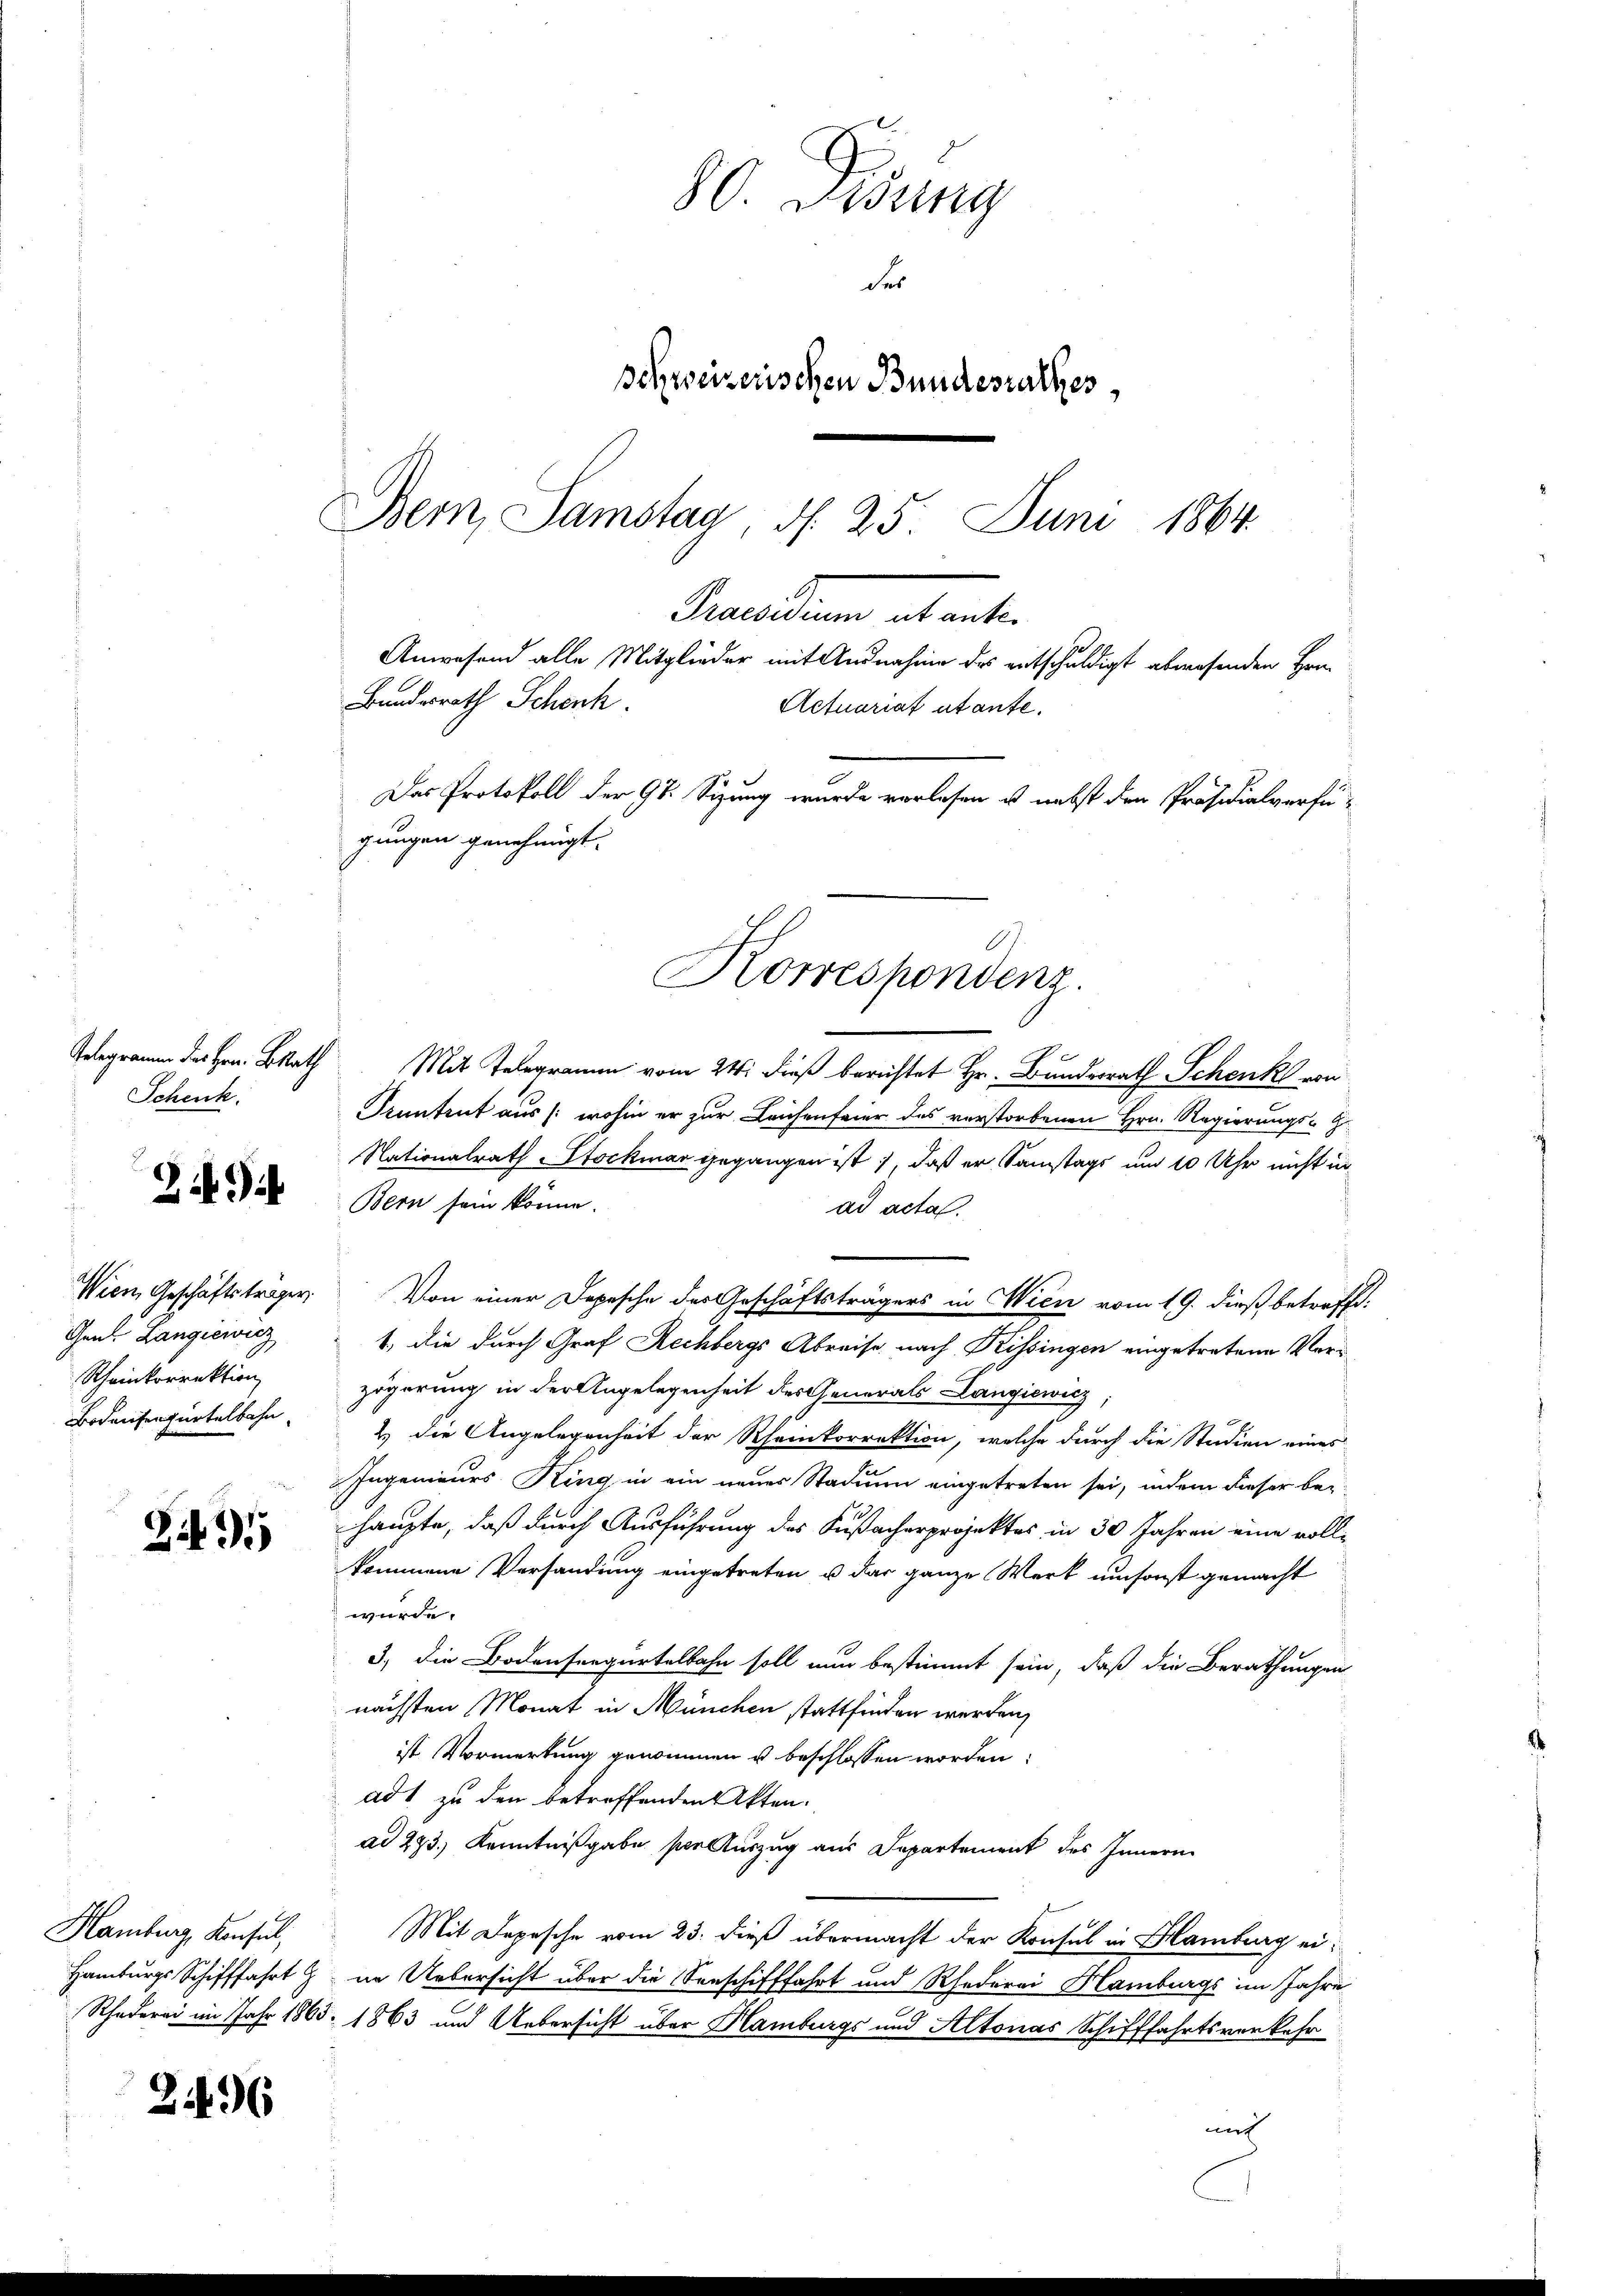
Telegramm des Hrn. BRath
Schenk.

24

Gent Langiewicz
Rheinkorrektion
Bodensenfürtelbahn.

291)

Hamburg, Konsul

2496

80. Gesung
der
Schweizerischen Bundesrathes
Bern, Samstag, d. 25. Juni 1864
Decilium abante.
Anwesend alle Mitglieder mit Ausnahme des entschuldigt abwesenden Hen-
Bundesrath Schenk.
Actuariat utante.
Das Protokoll der 98. Sizung wurde verlesen u. nebst den Präsidialverfügungen genehmigt.

Mit Telegram vom 24. dieß berichtet Hr. Bundesrath Schenk von
Pruntrut aus /: wohin er zur Leichenfeier des verstorbenen Hrn. Regierungs-G
Nationalrath Stockmar gegangen ist, daß er Samstags um 10 Uhr nicht in
Bern sein könne.
ad acta.
Wien Geschäftsträger. Von einer Depesche des Geschäftsträgers in Wien vom 19. dieß betreffet:
1, die durch Graf Rechbergs Abreise nach Kissingen eingetretene Verzögerung in der Angelegenheit des Generals Langiewicz,
2.) Die Angelegenheit der Rheinkorrektion, welche durch die Studien eines
Ingenieurs King in ein neues Stadung eingetreten sei, indem dieser bei
haupte, daß durch Ausführung des Fußacherprojektes in 30 Jahren eine vollkommene Versandung eingetreten u das ganze Werk umsonst gemacht
 wurde.
3) die Bodenseegürtelbahn soll nun bestimmt sein, daß die Berathungen
nächsten Monat in München stattfinden werden,
ist Vormerkung genommen u beschlossen worden:
ad 1 zu den betreffenden Akten.
ad 293.) Kenntnißgabe per auszug aus Departement des Innern
Mit Depesche vom 23. dieß übermacht der Konsul in Blamburg ei¬
Hamburgs Schifffahrt z. in Uebersicht über die Seeschifffahrt und Rhederei Hamburgs im Jahre
Rhederei im Jahr 1865. 1863 und Uebersicht über Hamburgs und Altonas Schifffahrtsverkehr
nich

.
Korrespondenz.